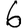
Digit: 6